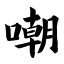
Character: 嘲